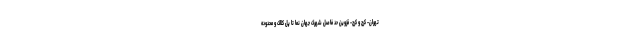
تهران- کرج و کرج- قزوین حد فاصل شهرک جهان نما تا پل کلاک و محدوده